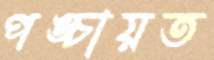
পঙ্চায়ত